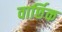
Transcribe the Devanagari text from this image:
वार्छिक